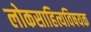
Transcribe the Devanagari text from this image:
लोकसाहित्यविषयक